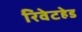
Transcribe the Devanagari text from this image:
रिवेटहेड